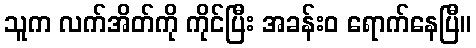
သူက လက်အိတ်ကို ကိုင်ပြီး အခန်းဝ ရောက်နေပြီ။